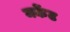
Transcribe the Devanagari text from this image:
मर्केट